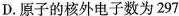
D.原子的核外电子数为297